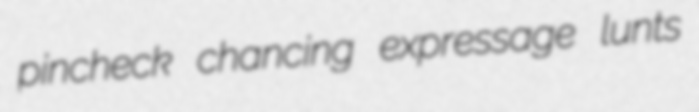
pincheck chancing expressage lunts